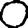
Digit: 0